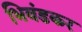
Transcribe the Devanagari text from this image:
भिवंडकर